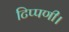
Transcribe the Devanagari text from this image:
टिप्पणी।